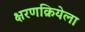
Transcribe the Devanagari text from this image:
क्षरणक्रियेला